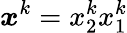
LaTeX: \boldsymbol{x}^{k}=x_{2}^{k}x_{1}^{k}